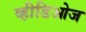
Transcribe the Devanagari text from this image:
व्हीडिओज